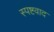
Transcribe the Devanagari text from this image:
स्पष्टवाद